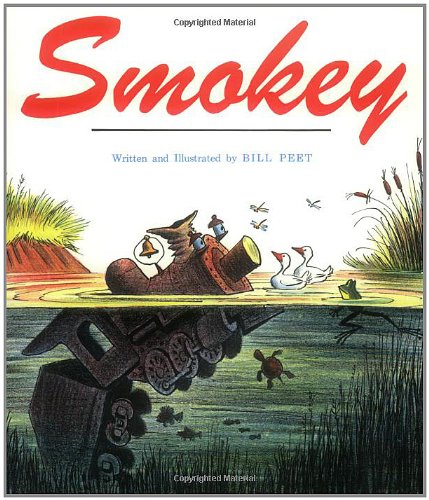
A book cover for Smokey; Bill Peet; Children's Books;